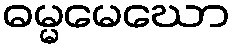
ဓမ္မမေဃော